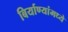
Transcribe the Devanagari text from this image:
बिर्याण्यांमध्ये